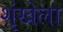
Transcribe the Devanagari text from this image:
शृंखेला